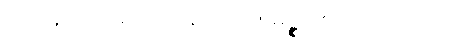
ဌာနေသု ဧသေဝ နယော။ မုဉ္စစေတနာပိ ဟိ